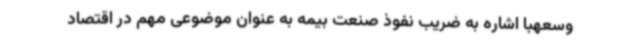
وسعهبا اشاره به ضریب نفوذ صنعت بیمه به عنوان موضوعی مهم در اقتصاد